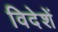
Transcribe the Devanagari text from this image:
विदेशें